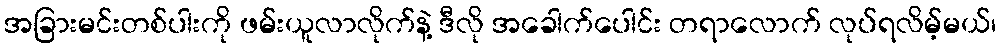
အခြားမင်းတစ်ပါးကို ဖမ်းယူလာလိုက်နဲ့ ဒီလို အခေါက်ပေါင်း တရာလောက် လုပ်ရလိမ့်မယ်၊